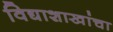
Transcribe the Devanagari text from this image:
विद्याशाखांचा